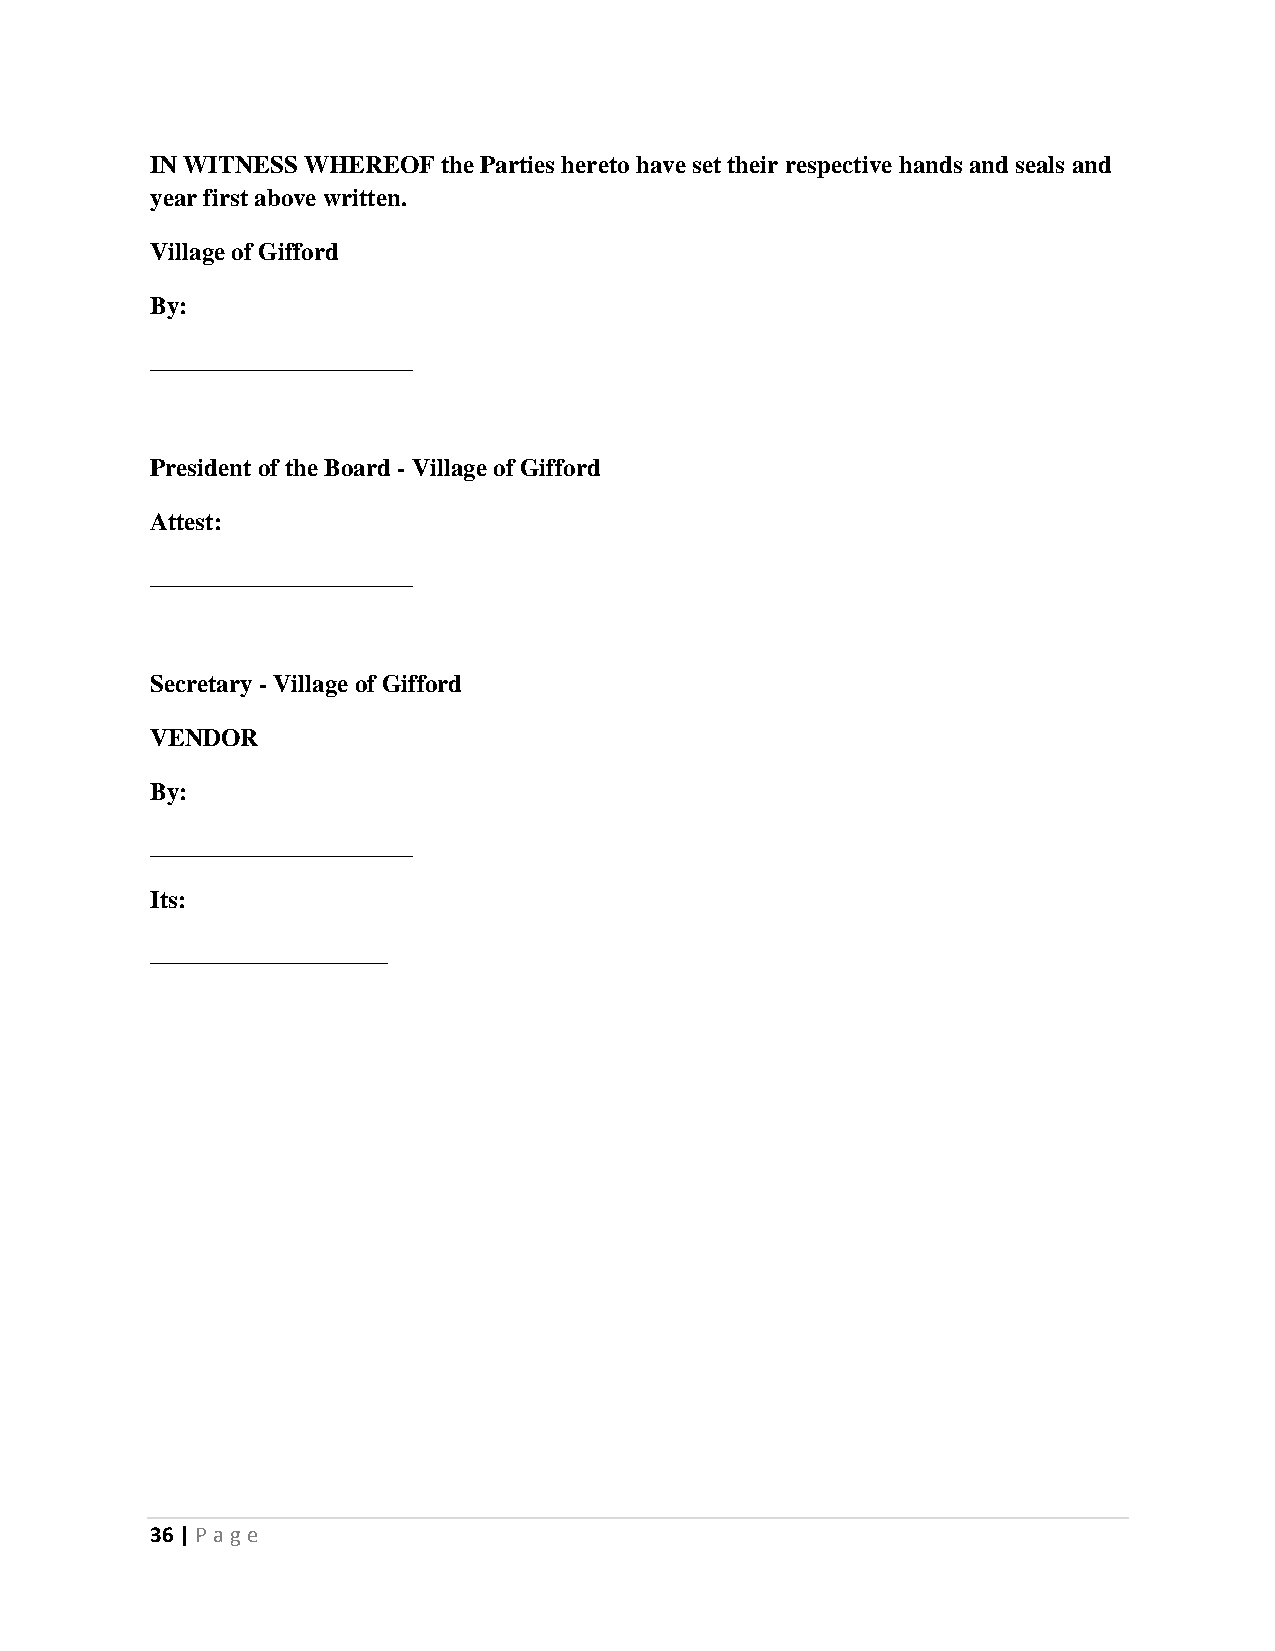
IN WITNESS WHEREOF the Parties hereto have set their respective hands and seals and
 year first above written.
 Village of Gifford
 By:
 _____________________
 President of the Board - Village of Gifford
 Attest:
 _____________________
 Secretary - Village of Gifford
 VENDOR
 By:
 _____________________
 Its:
 ___________________
 36 | P age